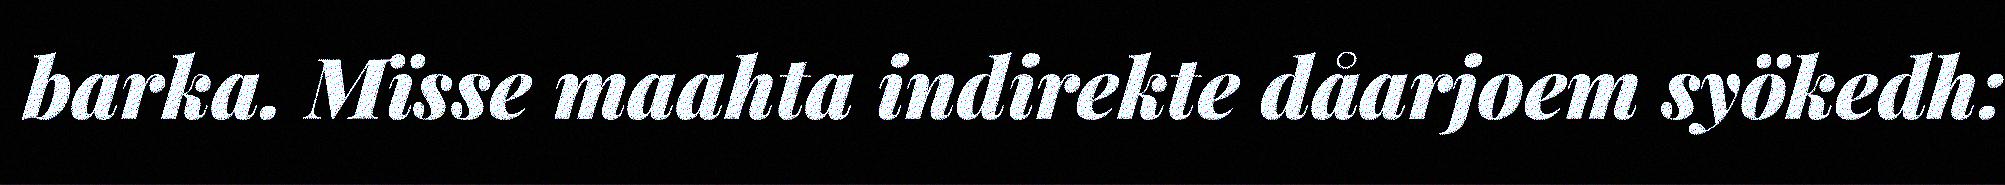
barka. Mïsse maahta indirekte dåarjoem syökedh: